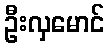
ဦးလှမောင်